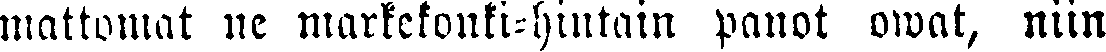
mattomat ne markekonki-hintain panot owat, niin